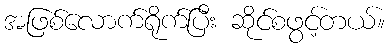
အဖြစ်လောက်ရိုက်ပြီး ဆိုင်စဖွင့်တယ်။